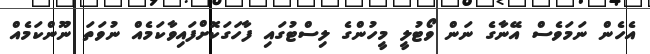
އެހެން ނަމަވެސް އޭނާގެ ނަން ވޯޓުލީ މީހުންގެ ލިސްޓުގައި ފާހަގަކޮށްފައިވާކަމެއް ނުވަތަ ނޫންކަމެއް